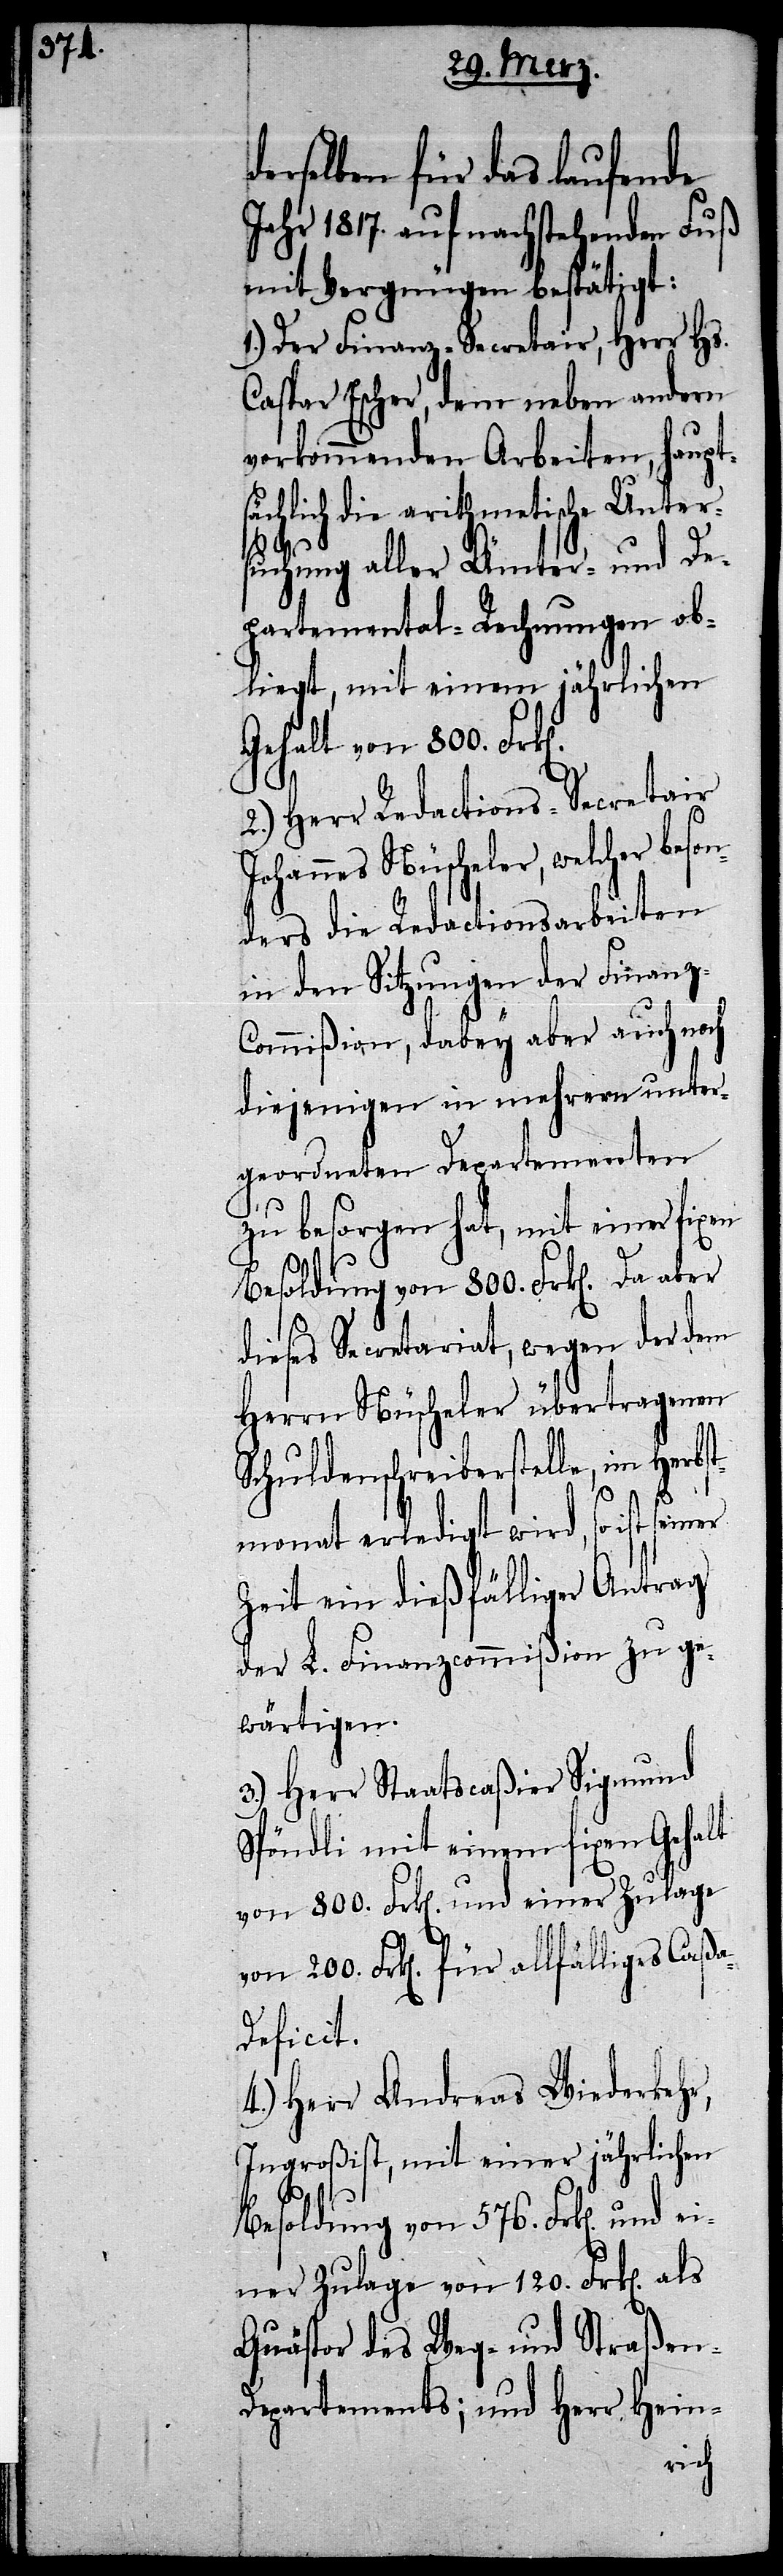
derselben für das laufende
Jahr 1817. auf nachstehenden Fuß
mit Vergnügen bestätigt:
1.) Der Finanz-Secretair, Herr Hs.
Caspar Escher, dem neben andern
vorkommenden Arbeiten, haupts¬
ächlich die arithmetische Unter¬
suchung aller Ämter- und De¬
partemental-Rechnungen ob¬
liegt, mit einem jährlichen
Gehalt von 800.
2.) Herr Redactions-Secretair
Johannes Nüscheler, welcher beson¬
ders die Redactionsarbeiten
in den Sitzungen der Finanz-C¬
ommißion, dabey aber auch noch
diejenigen in mehrern unter¬
geordneten Departementen
zu besorgen hat, mit einer fixen
dieses Secretariat, wegen der dem
Herrn Nüscheler übertragenen
Schuldenschreiberstelle, im Herb¬
stmonat erledigt wird, so ist
Zeit ein dießfälliger Antrag
der L. Finanzcommißion zu ge¬
wärtigen.
3.) Herr Staatscaßier Sigmund
Spöndli mit einem fixen Gehalt
von 800. Frk[en]. und einer Zulage
von 200. Frk[en]. für allfälliges Caßa-D¬
eficit.
4.) Herr Andreas Wiederkehr,
Ingroßist, mit einer jährlichen
Besoldung von 576. Frk[en]. und
einer Zulage von 120. Frk[en].
Quästor des Weg- und Straßen-D¬
epartements; und Herr Hein-